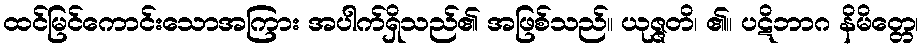
ထင်မြင်ကောင်းသောအကြား အပါက်ရှိသည်၏ အဖြစ်သည်။ ယုဇ္ဇတိ၊ ၏။ ပဋိဘာဂ နိမိတ္တေ၊